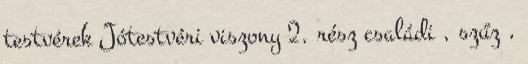
testvérek Jótestvéri viszony 2. rész családi , szűz ,